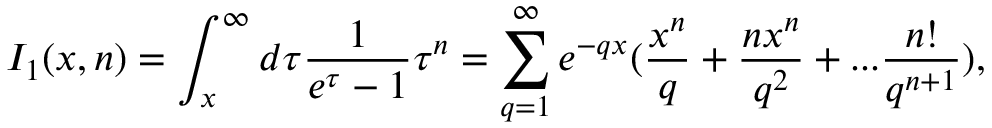
I _ { 1 } ( x , n ) = \int _ { x } ^ { \infty } d \tau \frac { 1 } { e ^ { \tau } - 1 } \tau ^ { n } = \sum _ { q = 1 } ^ { \infty } e ^ { - q x } ( \frac { x ^ { n } } { q } + \frac { n x ^ { n } } { q ^ { 2 } } + . . . \frac { n ! } { q ^ { n + 1 } } ) ,